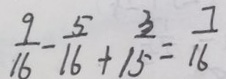
\frac { 9 } { 1 6 } - \frac { 5 } { 1 6 } + \frac { 3 } { 1 5 } = \frac { 7 } { 1 6 }